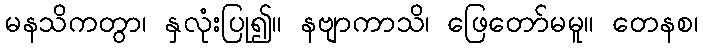
မနသိကတွာ၊ နှလုံးပြု၍။ နဗျာကာသိ၊ ဖြေတော်မမူ။ တေနစ၊